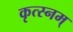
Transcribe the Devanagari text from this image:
कृत्स्नम्‌